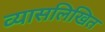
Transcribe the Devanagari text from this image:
व्यासलिखित